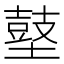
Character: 𪔋